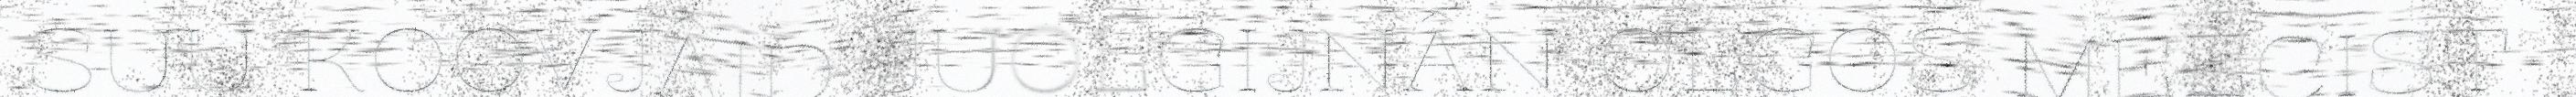
SUU KOOVJÂID JUOLGIJNÂN OLGOS MEECIST